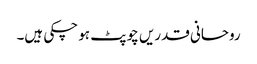
روحانی قدریں چوپٹ ہو چکی ہیں۔